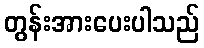
တွန်းအားပေးပါသည်